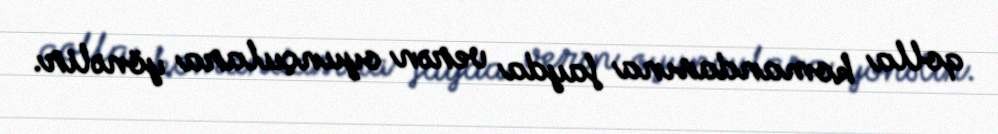
qolla komandasına fayda verən oyunçulara yönəlir.